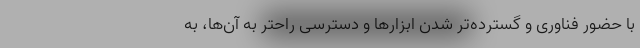
با حضور فناوری و گسترده‌تر شدن ابزارها و دسترسی راحتر به آن‌ها، به